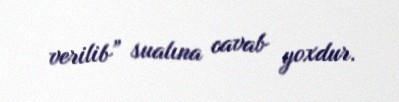
verilib” sualına cavab yoxdur.